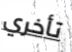
تأخري